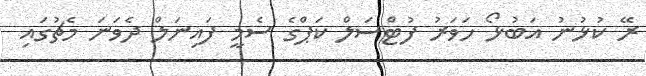
ރޭ ކުޅުނު އަބުޅޯ ހަވަރު ފުޓްސަލް ކަޕްގެ ސެމީ ފައިނަލް ދެވަނަ މެޗުގައި